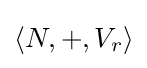
\langle N,+,V_{r}\rangle